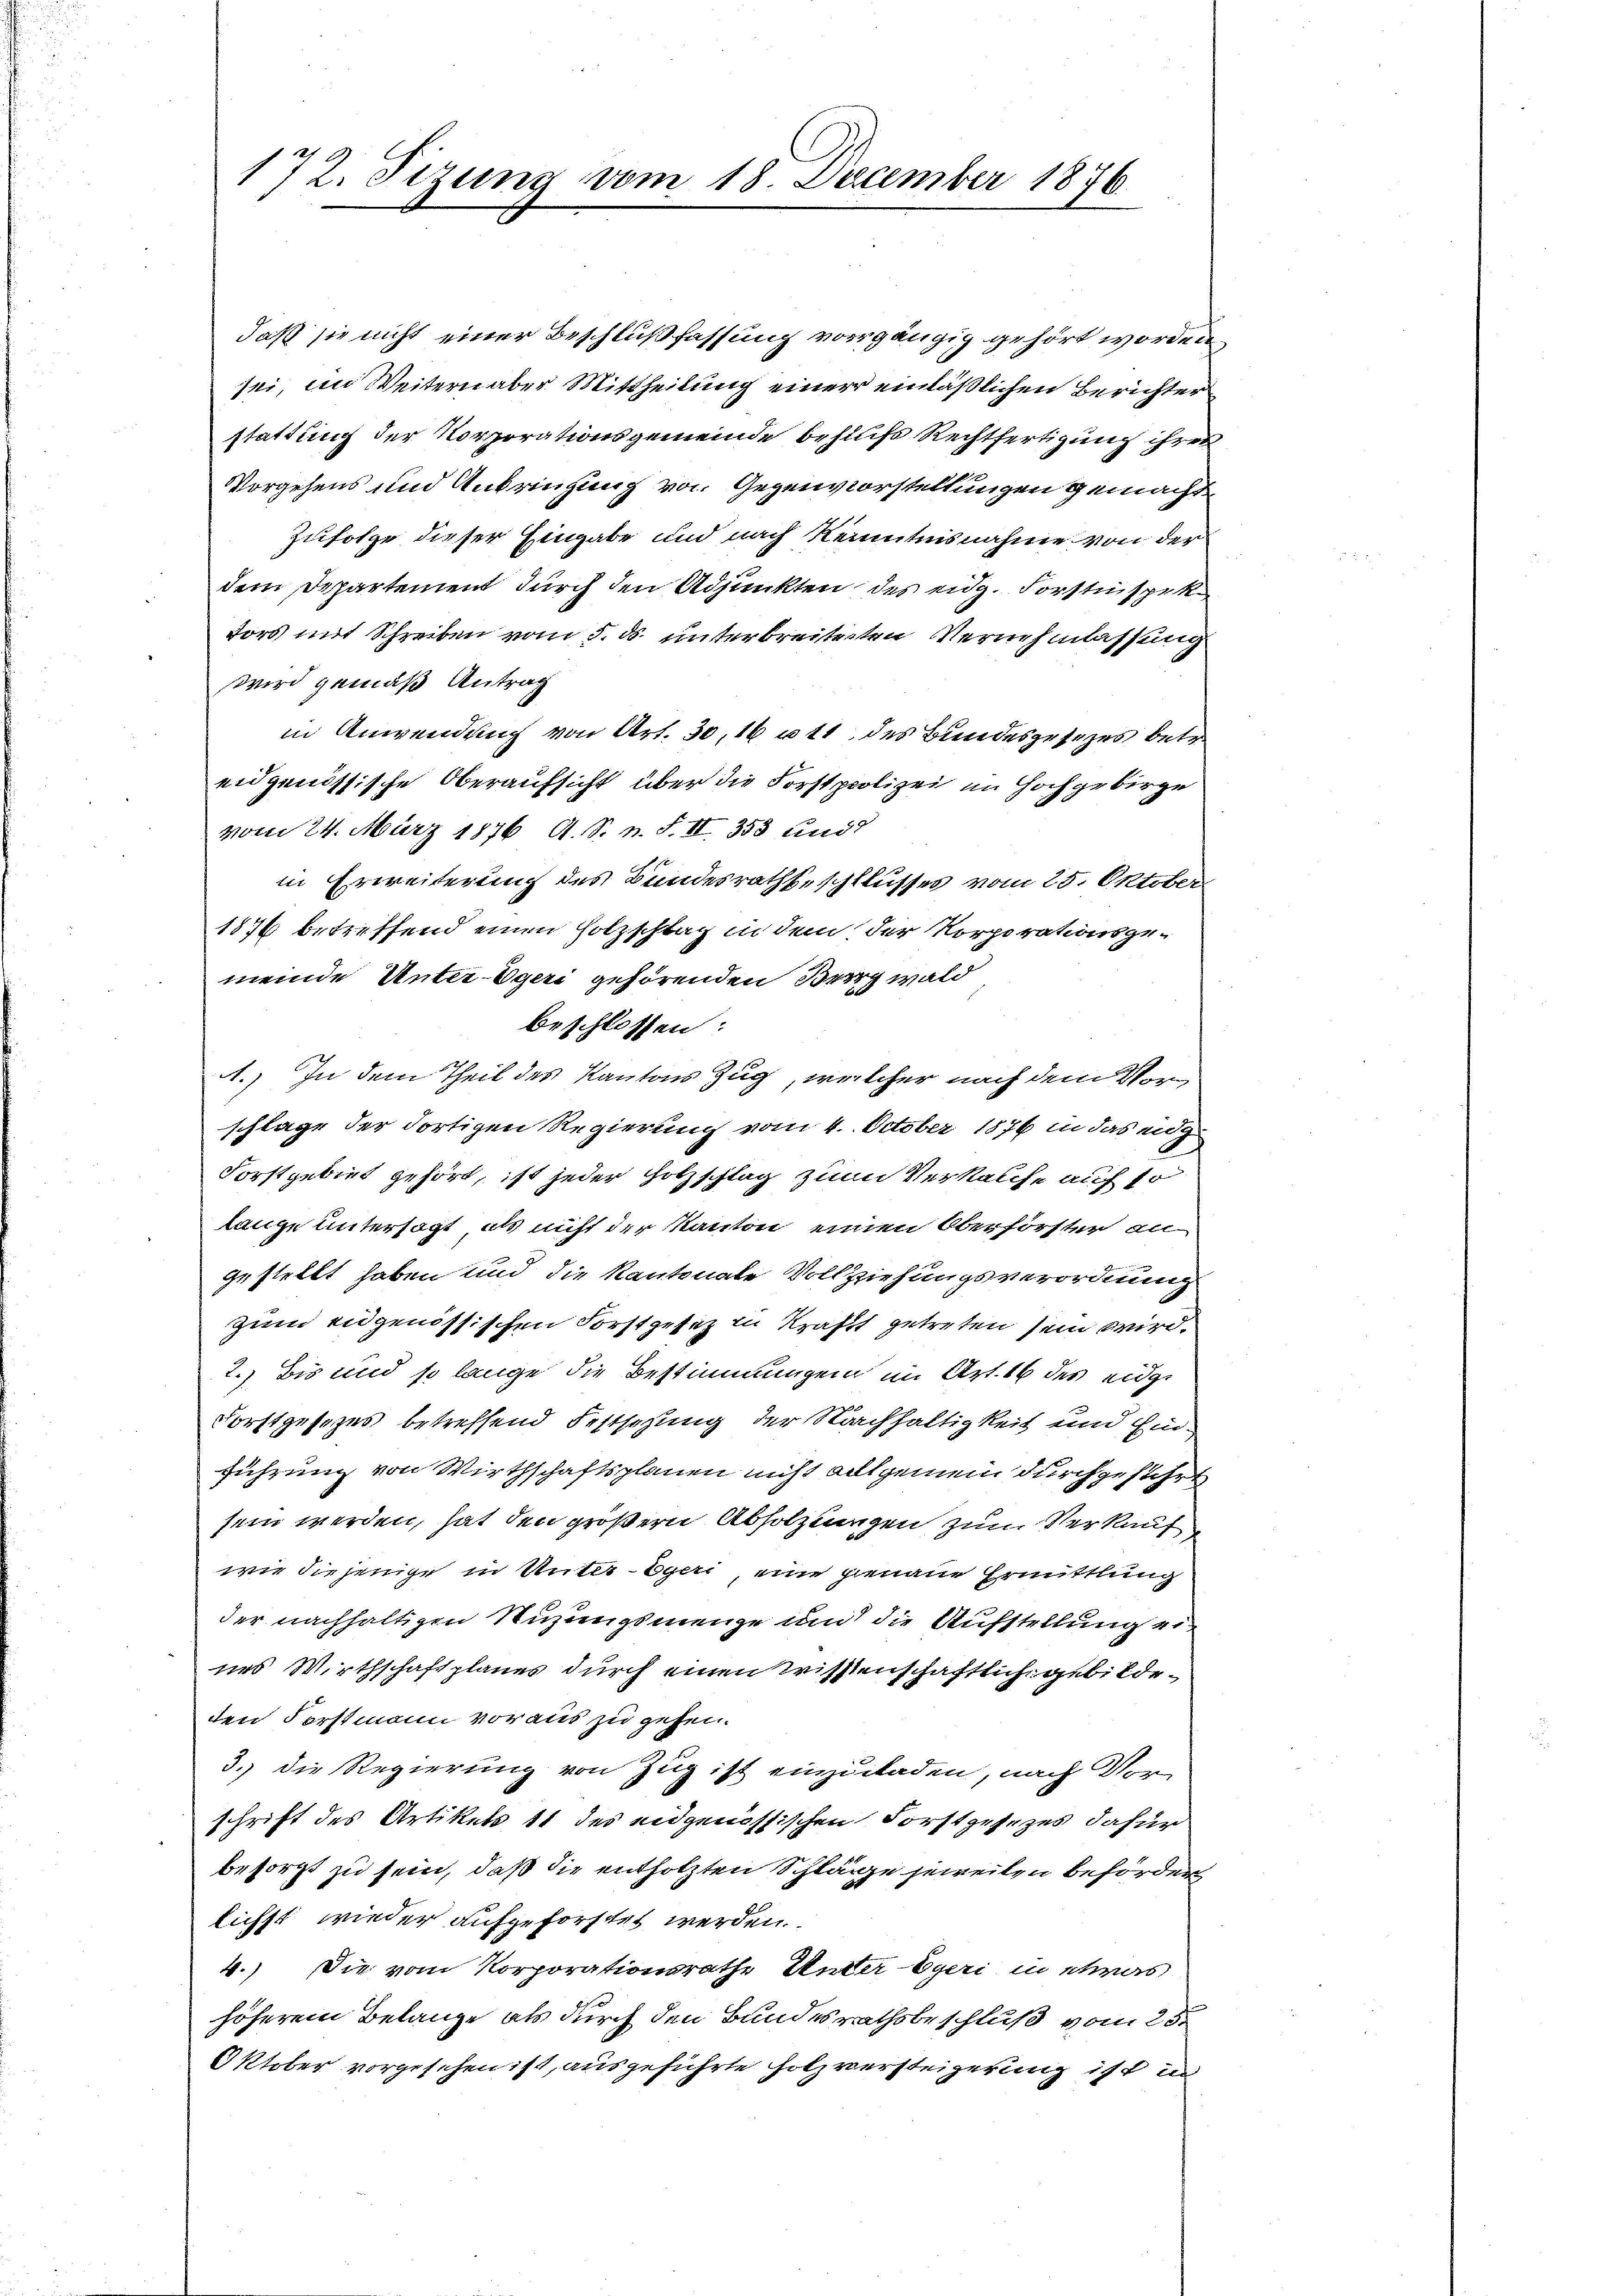
172. Sizung vom 18. December 1876

daß sie nicht einer Beschlußfassung vorgängig gehört worden.
sei, im Weitern aber Mittheilung einer einläßlichen Berichter
stattung der Korporationsgemeinde behufs Rechtfertigung ihres
Vorgehens und Anbringung von Gegenvorstellungen gemacht.
Zufolge dieser Eingabe und nach Kenntnisnahme von der
dem Departement durch den Adjunkten des eidg. Forstinspek¬
Fors mit Schreiben vom 5. ds. unterbreiteten Vernehmlassung
wird gemäß Antrag
in Anwendung von Art. 30, 16 u. 11 des Bundesgesezes betr.
eidgenössische Oberaufsicht über die Forstpolizei im Hochgebirge
vom 24. März 1876 A. S. n. F. II 353 aus
in Erweiterung des Bundesratheschlusses vom 25. Oktober
1876 betreffend einen Holzschlag in dem der Korporationsgemeinde Unter-Egeri gehörenden Berg wald
beschlossen:
1.) In dem Theil des Kantons Zug, welcher nach dem Vorschlage der dortigen Regierung vom 4. October 1876 in das ei
Forstgebiet gehört, ist jeder Holzschlag zum Verkalche auf so
lange untersagt, als nicht der Kanton einen Oberförster an-

gestellt haben und die Kantonale Vollziehungsverordnung
zum eidgenössischen Forstgesetz in Kraft getreten sein wird.
2.) Bis und so lange die Bestimmungen im Art. 16 des eidge
Forstgesezes betreffend Festsezung der Nachhaltigkeit und Einführung von Wirthschaftsplanen nicht allgemein durchgeführt
sein werden, hat den größern Abholzungen zum Verkauf
wie diejenige in Unter-Egeri, eine genaue Ermittlung
der nachhaltigen Stuzungsmenge und die Aufstellung ein
nes Wirthschaftsplanes durch einen Wissenschaftlich gebildeden Forstmann voraus zu gehen.
3.) Die Regierung von Zug ist einzuladen, nach Vor
schrift des Artikel 11 des eidgenössischen Forstgesezes dafür
besorgt zu sein, daß die entholzten Schläge jeweilen behörden
lichst wieder aufgeforstet werden.
4.) Die vom Korporationsrathe Unter-Egeri in etwas
höherem Belange als durch den Bundesrathsbeschluß vom 25.
Oktober vorgesehen ist, ausgeführte Holz versteigerung ist in